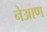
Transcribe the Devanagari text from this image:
नेआण